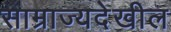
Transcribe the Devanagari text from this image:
साम्राज्यदेखील